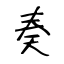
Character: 奏